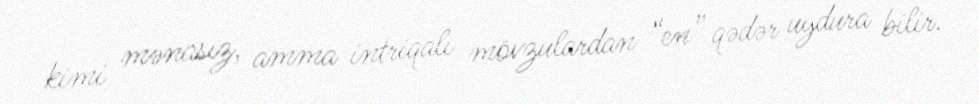
kimi mənasız, amma intriqalı mövzulardan “en” qədər uydura bilir.